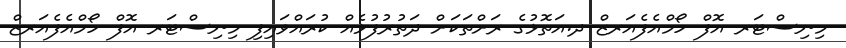
މިނިސްޓަރ އޮފް ހޯމްއެފެއަރޒް ދ.އަތޮޅުގެ ރަށްތަކަށް ދަތުރުފުޅެއް ކުރައްވައިފި މިނިސްޓަރ އޮފް ހޯމްއެފެއަރޒް